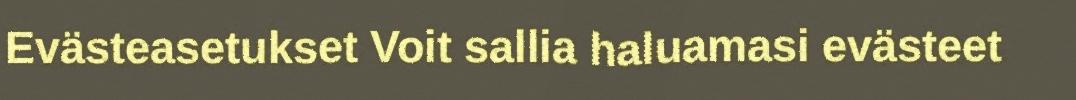
Evästeasetukset Voit sallia haluamasi evästeet